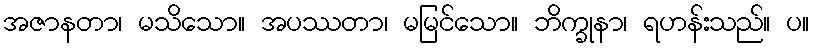
အဇာနတာ၊ မသိသော။ အပဿတာ၊ မမြင်သော။ ဘိက္ခုနာ၊ ရဟန်းသည်။ ပ။